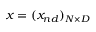
x = ( x _ { n d } ) _ { N \times { D } }